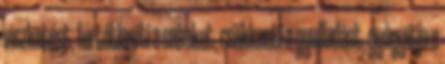
viszketést, fertőtleníti a sebeket, csökkenti a gyulladást, gyógyítja a